Report of the Bombay Plague Committee
Disease focus: Plague
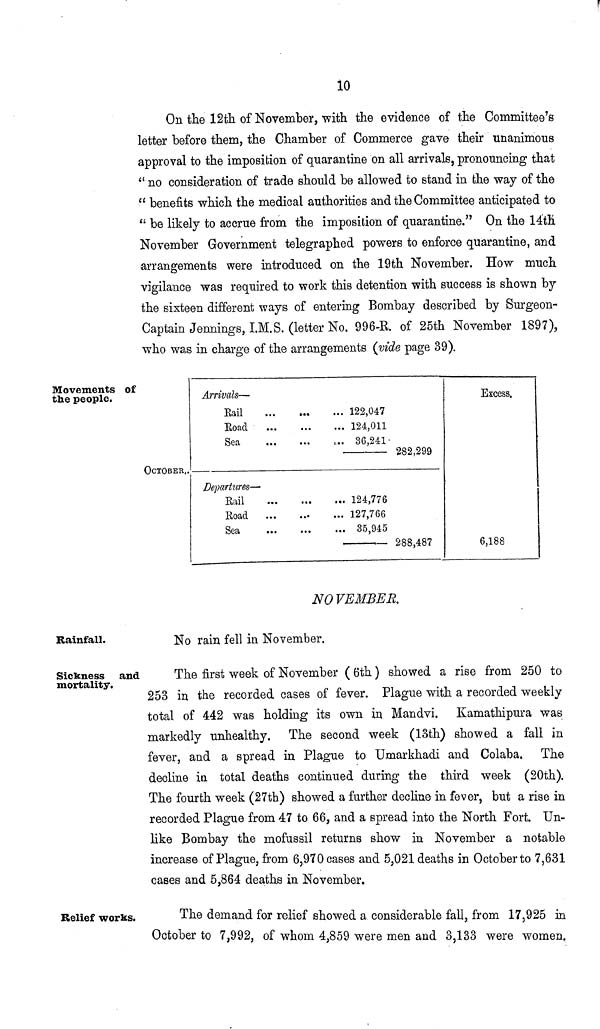
10
On the 12th of November, with the evidence of the Committee's
letter before them, the Chamber of Commerce gave their unanimous
approval to the imposition of quarantine on all arrivals, pronouncing that
" no consideration of trade should be allowed to stand in the way of the
" benefits which the medical authorities and the Committee anticipated to
" be likely to accrue from the imposition of quarantine." On the 14th
November Government telegraphed powers to enforce quarantine, and
arrangements were introduced on the 19th November. How much
vigilance was required to work this detention with success is shown by
the sixteen different ways of entering Bombay described by Surgeon-
Captain Jennings, I.M.S. (letter No. 996-R. of 25th November 1897),
who was in charge of the arrangements (vide page 39).
Movements of
the people.
OCTOBER,.
Arrivals—
Bail
Road
Sea
Departures—
Rail
Road
Sea
122,047
124,011
... 36,241
282,299
124,776
127,766
35,945
288,487
Excess.
6,188
NOVEMBER.
Rainfall.
No rain fell in November.
Sickness and
mortality.
The first week of November ( 6th ) showed a rise from 250 to
253 in the recorded cases of fever. Plague with a recorded weekly
total of 442 was holding its own in Mandvi. Kamathipura was
markedly unhealthy. The second week (13th) showed a fall in
fever, and a spread in Plague to Umarkhadi and Colaba. The
decline in total deaths continued during the third week (20th).
The fourth week (27th) showed a further decline in fever, but a rise in
recorded Plague from 47 to 66, and a spread into the North Fort. Un-
like Bombay the mofussil returns show in November a notable
increase of Plague, from 6,970 cases and 5,021 deaths in October to 7,631
cases and 5,864 deaths in November.
Relief works.
The demand for relief showed a considerable fall, from 17,925 in
October to 7,992, of whom 4,859 were men and 3,133 were women.